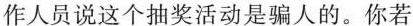
作人员说这个抽奖活动是骗人的。你若